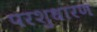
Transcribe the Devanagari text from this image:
परशुधारण